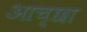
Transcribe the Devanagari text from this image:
आच्छा